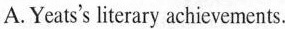
A.Yeats's literary achievements.